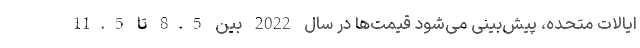
ایالات متحده، پیش‌بینی می‌شود قیمت‌ها در سال 2022 بین 8.5 تا 11.5